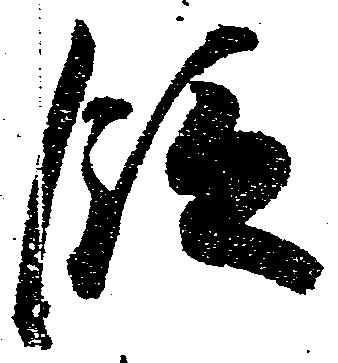
段